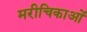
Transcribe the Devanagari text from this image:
मरीचिकाओं